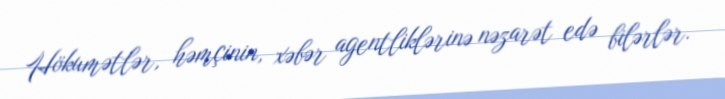
Hökumətlər, həmçinin, xəbər agentliklərinə nəzarət edə bilərlər.